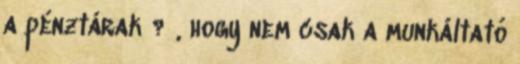
a pénztárak ? , hogy nem csak a munkáltató